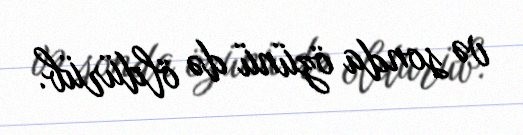
və sonda özünü də öldürüb.